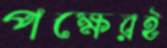
পক্ষেরই